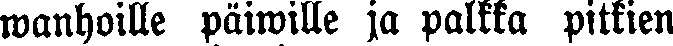
wanhoille päiwille ja palkka pitkien